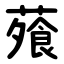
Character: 蕵